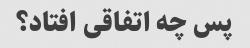
پس چه اتفاقی افتاد؟